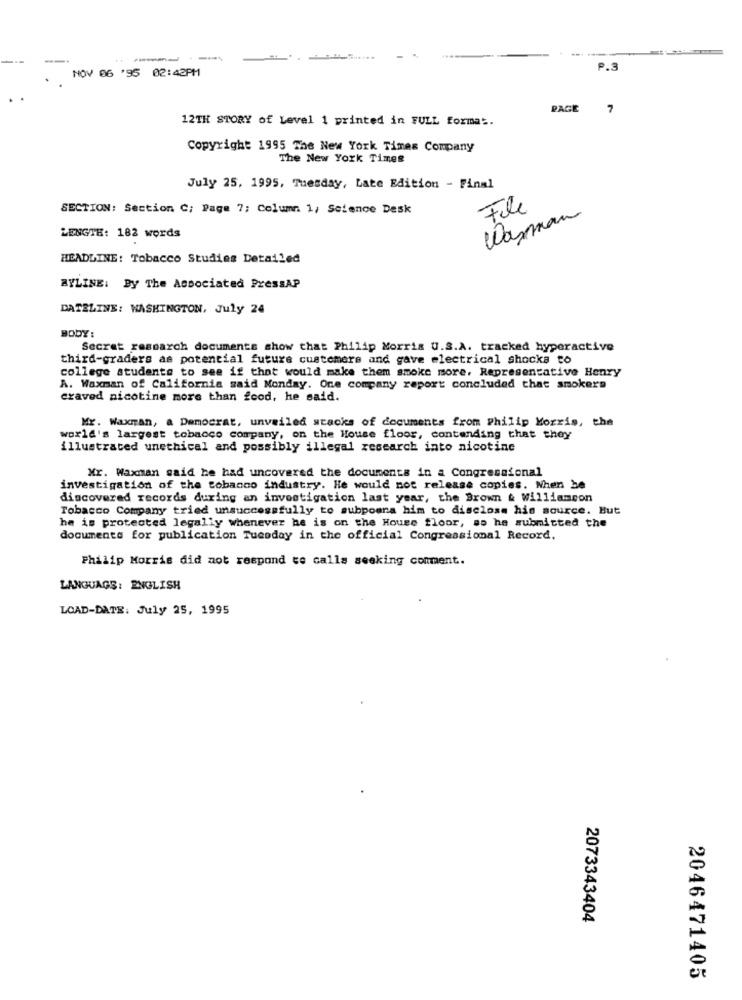
NOV 06 '95 02:42PM
P.3
PAGE
7
12TH STORY of Level 1 printed in FULL format.
Copyright 1995 The New York Times Company
The New York Times
July 25, 1995, Tuesday, Late Edition - Final
SECTION: Section C; Page 7; Column 1/ Science Desk
File
Wasman
LENGTE: 182 words
HEADLINE: Tobacco Studies Detailed
BYLINE: By The Associated PressAP
DATELINE: WASHINGTON, July 24
BODY:
Secret research documents show that Philip Morris U.S.A. tracked hyperactive
third-graders as potential future customers and gave electrical shocks to
college students to see if that would make them smoke more, Representative Henry
A. Waxman of California said Monday. One company report concluded that smokers
craved nicotine more than food, he said.
Mr. Waxman, a Democrat, unveiled stacks of documents from Philip Morris, the
world's largest tobacco company, on the House floor, contending that they
illustrated unethical and possibly illegal research into nicotine
Mr. Waxman said he had uncovered the documents in a Congressional
investigation of the tobacco industry. He would not release copies. When he
discovered records during an investigation last year, the Brown & williamcon
Tobacco Company tried unsuccessfully to subpoena him to disclose his source. But
he is protected legally whenever he is on the House floor, so he submitted the
documento for publication Tuesday in the official Congressional Record,
Philip Morris did not respond to calls seeking comment.
LANGUAGE: ENGLISH
LOAD-DATE: July 25, 1995
2073343404
2046471405